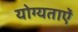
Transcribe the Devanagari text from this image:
योग्यताऐं